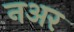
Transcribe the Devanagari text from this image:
नअर